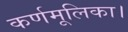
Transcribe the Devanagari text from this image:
कर्णमूलिका।